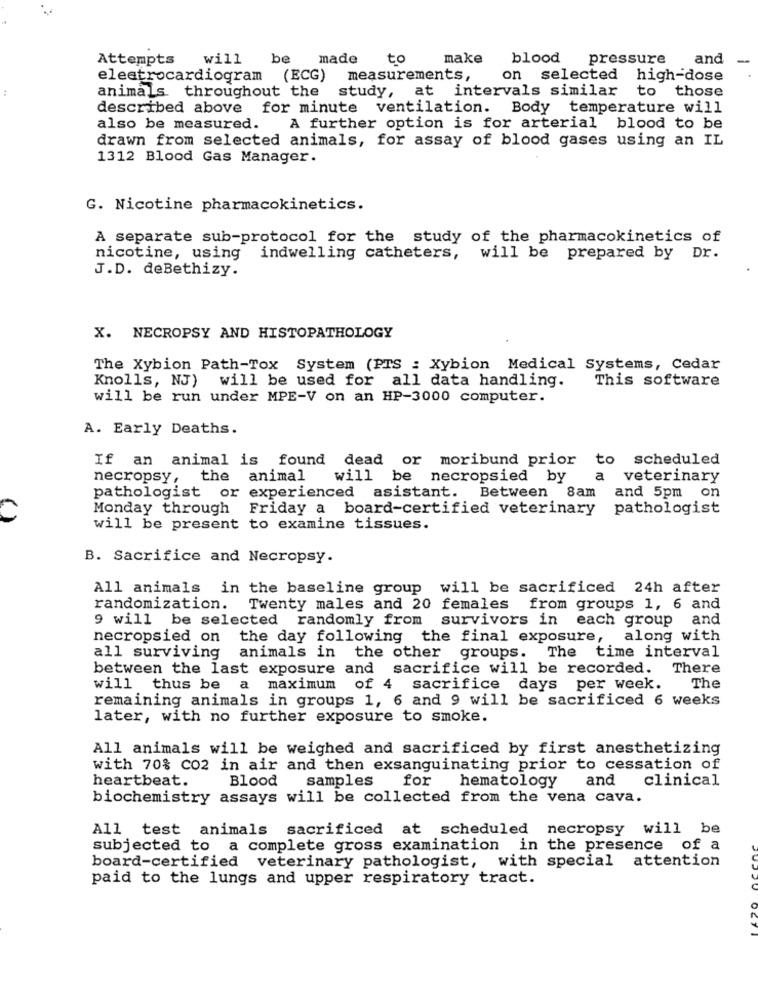
Attempts
will
be
made
to
make
blood
pressure
and
electrocardiogram (ECG)
measurements,
on selected
high-dose
:
animals throughout the study, at intervals similar to
those
described above for minute ventilation. Body temperature will
also be measured.
A further option is for arterial blood to be
drawn from selected animals, for assay of blood gases using an IL
1312 Blood Gas Manager.
G. Nicotine pharmacokinetics.
A separate sub-protocol for the study of the pharmacokinetics of
nicotine, using
indwelling catheters, will be prepared by Dr.
J.D. deBethizy.
X. NECROPSY AND HISTOPATHOLOGY
The Xybion Path-Tox System (PTS : Xybion Medical Systems, Cedar
Knolls, NJ) will be used for all data handling.
This software
will be run under MPE-V on an HP-3000 computer.
A. Early Deaths.
If an animal is found dead or moribund prior to scheduled
necropsy,
the animal
will be necropsied by
a
veterinary
pathologist or experienced asistant. Between 8am
and 5pm on
Monday through
Friday a board-certified veterinary
pathologist
will be present to examine tissues.
B. Sacrifice and Necropsy.
All animals in the baseline group will be sacrificed 24h after
randomization. Twenty males and 20 females from groups 1, 6 and
9 will be selected randomly from survivors in each group and
necropsied on the day following the final exposure, along with
all surviving
animals in the other groups. The time interval
between the last exposure and sacrifice will be recorded.
There
will thus be a maximum of 4
sacrifice days per week.
The
remaining animals in groups 1, 6 and 9 will be sacrificed 6 weeks
later, with no further exposure to smoke.
All animals will be weighed and sacrificed by first anesthetizing
with 70% CO2 in air and then exsanguinating prior to cessation of
heartbeat.
Blood
samples for hematology and
clinical
biochemistry assays will be collected from the vena cava.
All test animals sacrificed at scheduled necropsy will be
subjected to a complete gross examination in the presence
of a
board-certified veterinary pathologist, with special attention
paid to the lungs and upper respiratory tract.